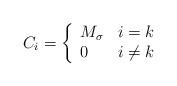
LaTeX: \begin{align*}C_i=\left\{\begin{array}{ll} M_\sigma&i=k\\0 & i\neq k\\\end{array}\right.\end{align*}